Tartu_pedagoogiumi_aruanded, lk 17
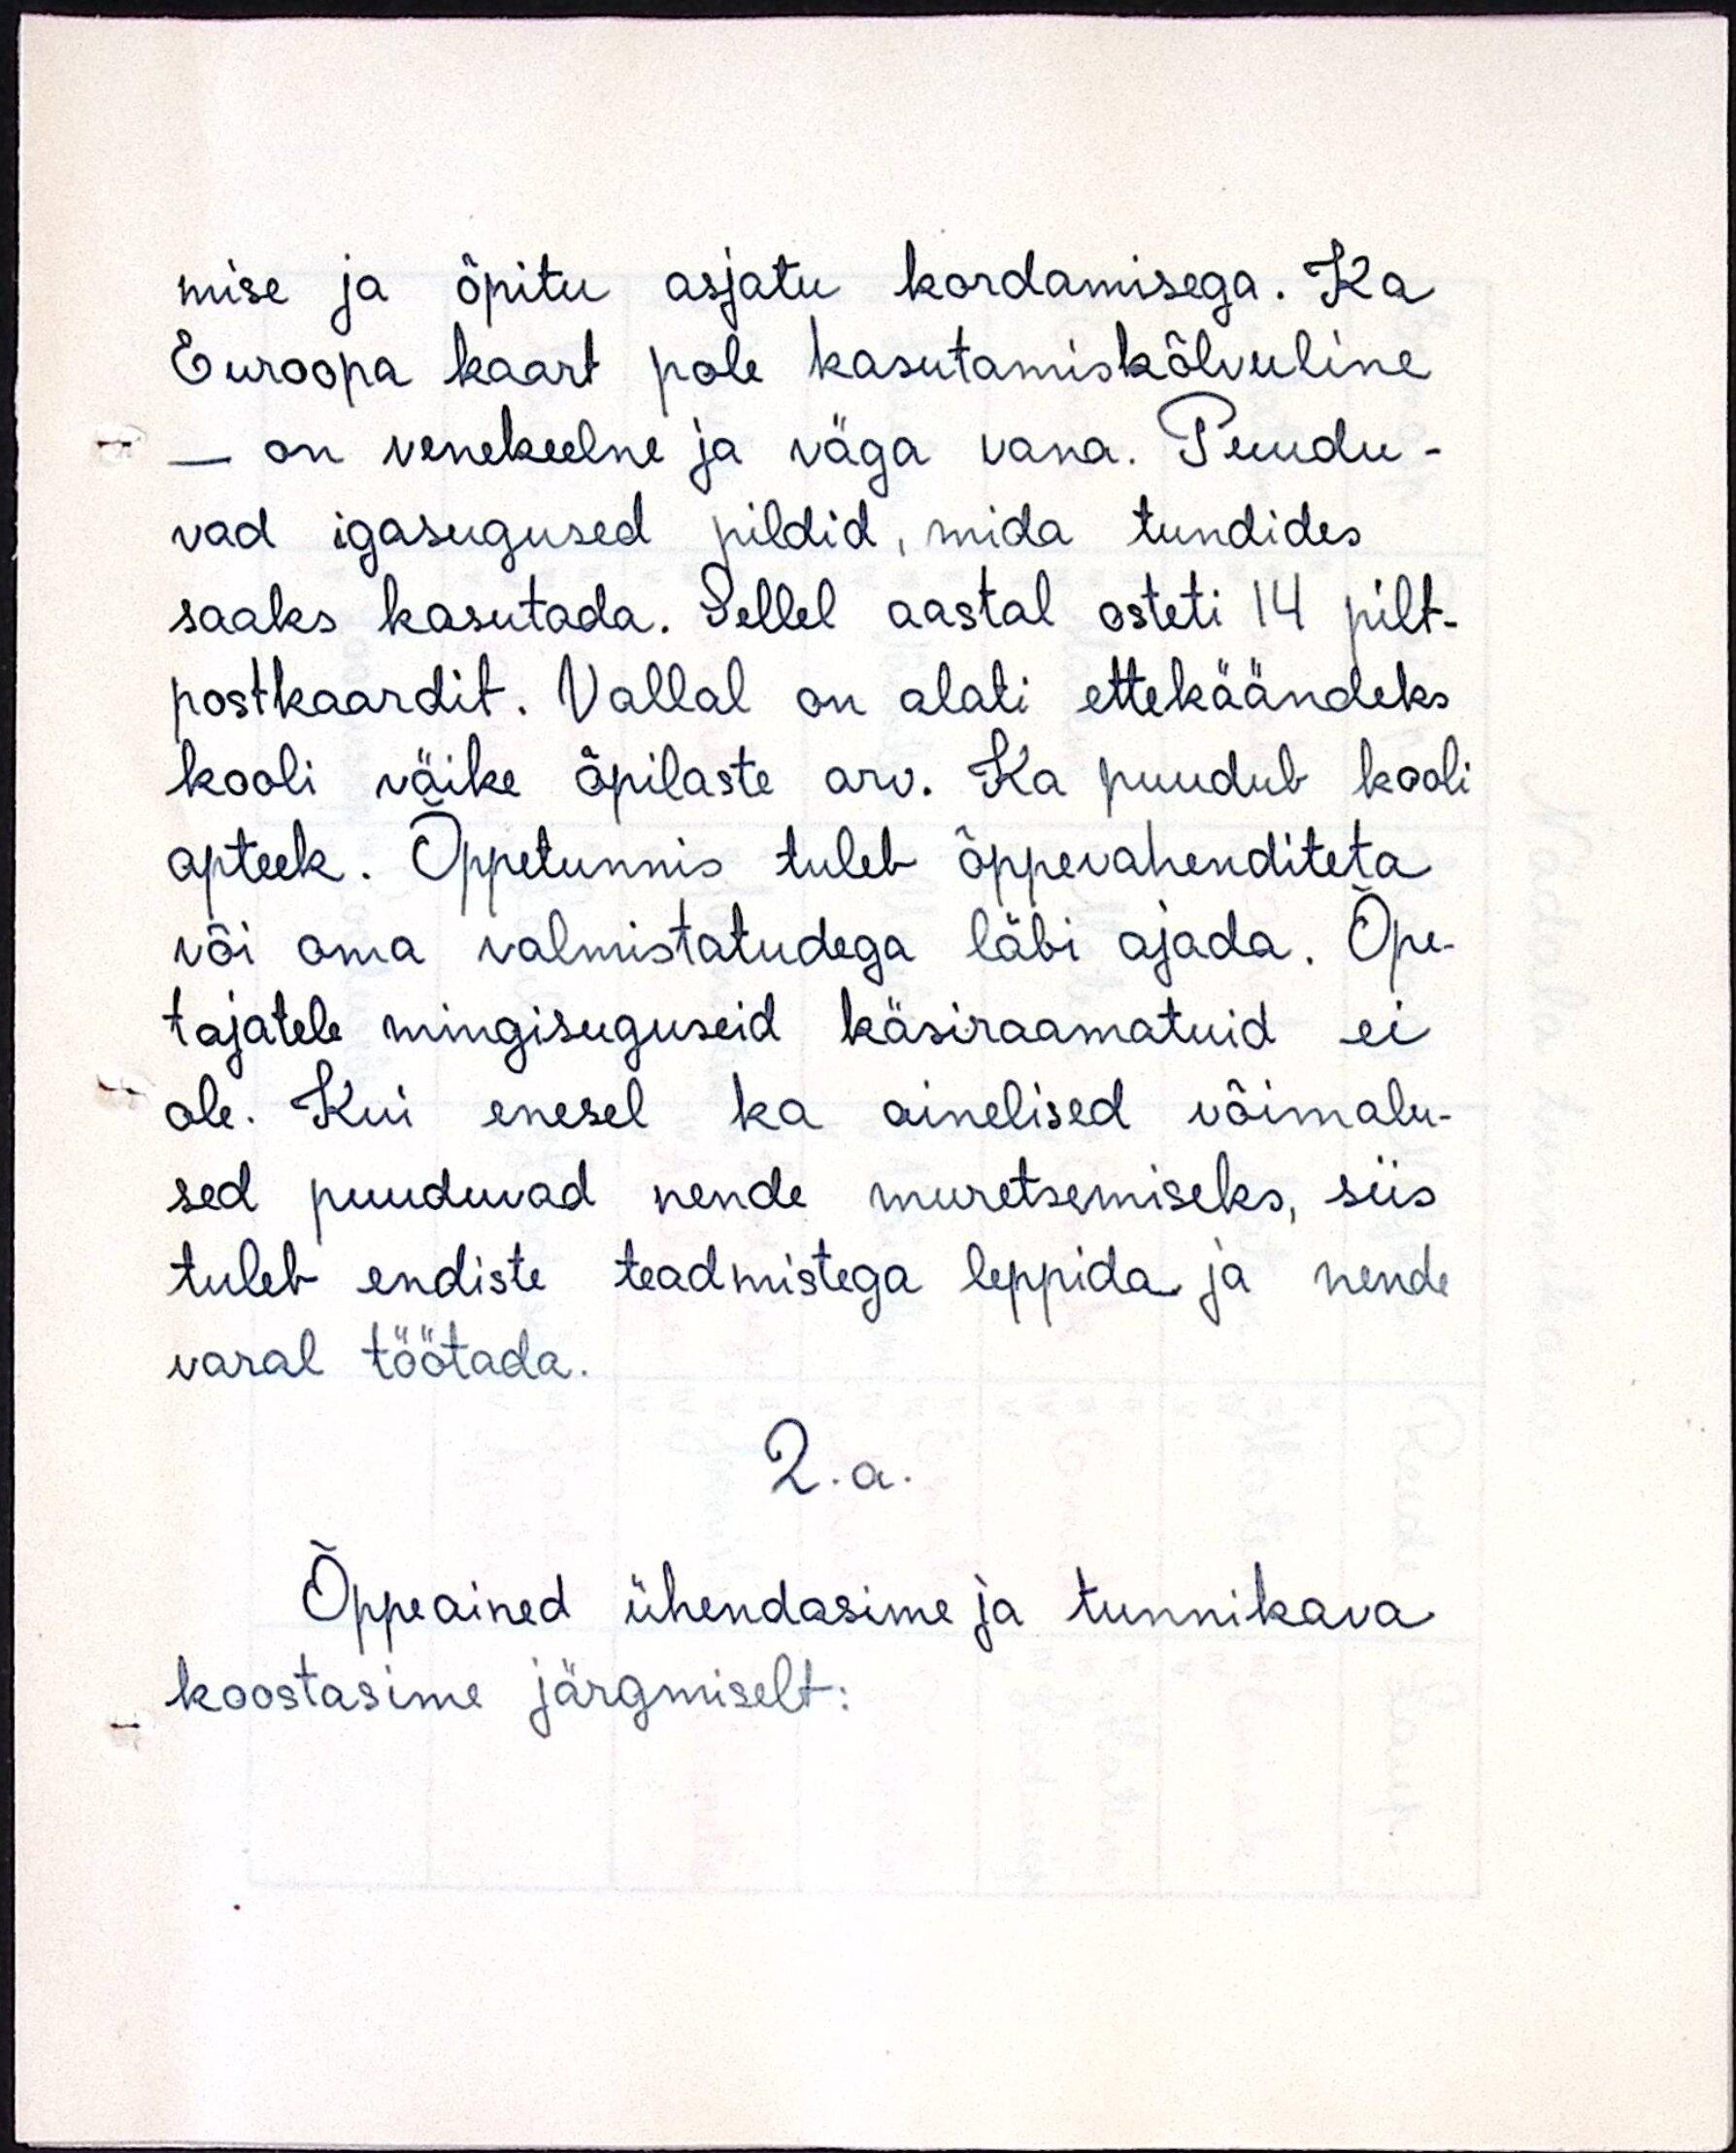
mise ja õpitu asjatu kordamisega. Ka
Euroopa kaart pole kasutamiskõlvuline
- on venekeelne ja väga vana. Puudu-
vad igasugused pildid, mida tundides
saaks kasutada. Sellel aastal osteti 14 pilt-
postkaardit. Vallal on alati ettekäändeks
kooli väike õpilaste arv. Ka puudub kooli
apteek. Õppetunnis tuleb õppevahenditeta
või oma valmistatudega läbi ajada. Õpe-
tajatele mingisuguseid käsiraamatuid ei
ole. Kui enesel ka ainelised võimalu-
sed puuduvad nende muretsemiseks, siis
tuleb endiste teadmistega leppida ja nende
varal töötada.
2.a.
Õppeained ühendasime ja tunnikava
koostasime järgmiselt: